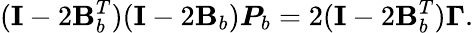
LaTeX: (\mathbf{I}-2\mathbf{B}_{b}^{T})(\mathbf{I}-2\mathbf{B}_{b})\boldsymbol{P}_{b}=2(\mathbf{I}-2\mathbf{B}_{b}^{T})\boldsymbol{\Gamma}.